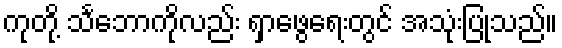
ကုတို့ သင်္ဘောကိုလည်း ရှာဖွေရေးတွင် အသုံးပြုသည်။